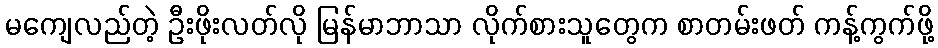
မကျေလည်တဲ့ ဦးဖိုးလတ်လို မြန်မာဘာသာ လိုက်စားသူတွေက စာတမ်းဖတ် ကန့်ကွက်ဖို့